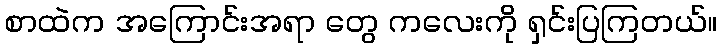
စာထဲက အကြောင်းအရာ တွေ ကလေးကို ရှင်းပြကြတယ်။